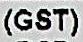
(GST)